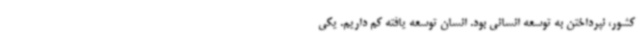
کشور، نپرداختن به توسعه انسانی بود. انسان توسعه یافته کم داریم. یکی